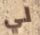
لي